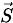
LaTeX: \scriptstyle{\vec{S}}